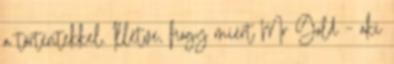
a történtekkel. Illetve, hogy miért Mr Gold – aki